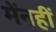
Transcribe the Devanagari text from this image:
मेंनहीं